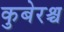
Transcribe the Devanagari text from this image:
कुबेरश्च